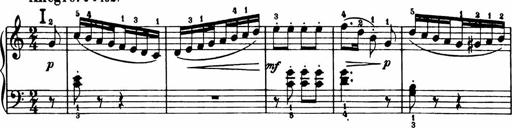
Title: Analytical Sonatinas
Composer: Frank Lynes